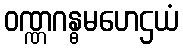
ဝဏ္ဏဂန္ဓမဟေဌယံ